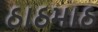
ઠાઠમાઠ